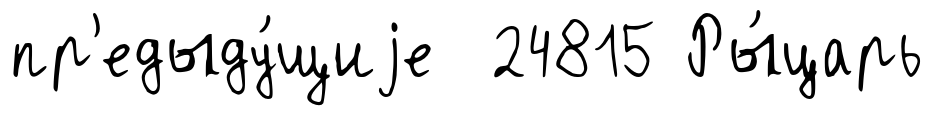
пр'едыду́щиjе 24815 Ры́царь